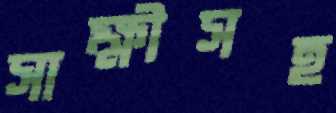
সাক্ষীসহ